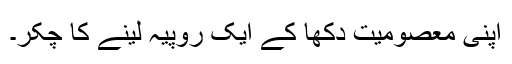
اپنی معصومیت دکھا کے ایک روپیہ لینے کا چکّر۔